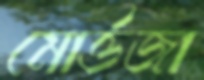
মোর্ত্তজা